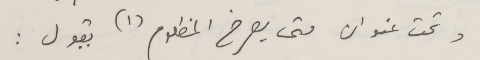
وتحت عنوان متى يصرخ المظلوم (١) يقول :